Scottish Leaving Certificate Examination, 1954
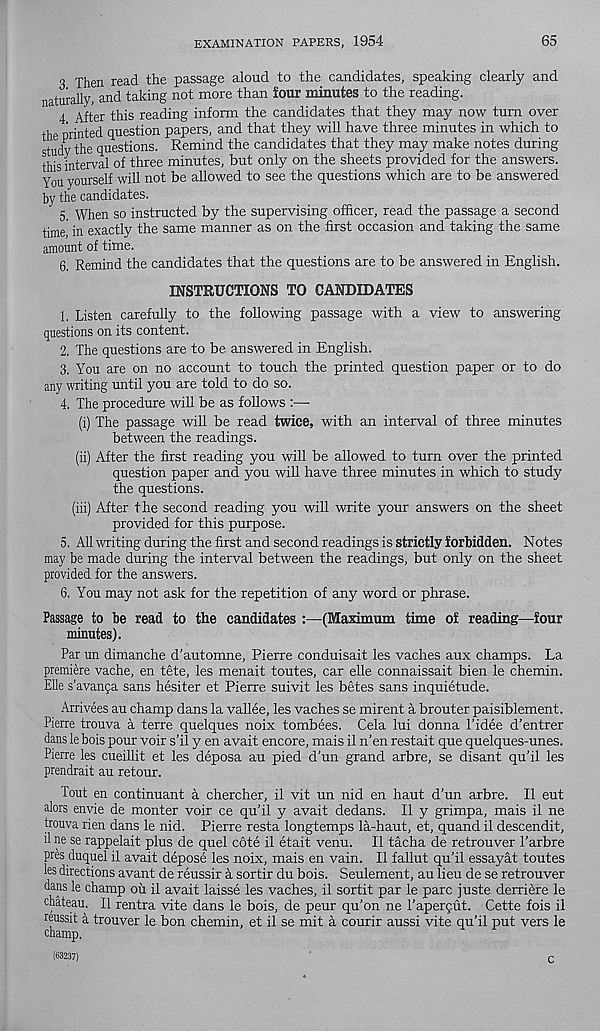
EXAMINATION PAPERS, 1954
65
o Then read the passage aloud to the candidates, speaking clearly and
naturally, and taking not more than four minutes to the reading.
4 After this reading inform the candidates that they may now turn over
the printed question papers, and that they will have three minutes in which to
study the questions. Remind the candidates that they may make notes during
this interval of three minutes, but only on the sheets provided for the answers.
You yourself will not be allowed to see the questions which are to be answered
by the candidates.
5. When so instructed by the supervising officer, read the passage a second
time' in exactly the same manner as on the first occasion and taking the same
amount of time.
6, Remind the candidates that the questions are to be answered in English.
INSTRUCTIONS TO CANDIDATES
1. Listen carefully to the following passage with a view to answering
questions on its content.
2. The questions are to be answered in English.
3. You are on no account to touch the printed question paper or to do
any writing until you are told to do so.
4. The procedure will be as follows :—■
(i) The passage will be read twice, with an interval of three minutes
between the readings.
(ii) After the first reading you will be allowed to turn over the printed
question paper and you will have three minutes in which to study
the questions.
(iii) After the second reading you will write your answers on the sheet
provided for this purpose.
5. All writing during the first and second readings is strictly forbidden. Notes
may be made during the interval between the readings, but only on the sheet
provided for the answers.
6. You may not ask for the repetition of any word or phrase.
Passage to be read to the candidates :—(Maximum time of reading—four
minutes).
Par un dimanche d'automne, Pierre conduisait les vaches aux champs. La
premiere vache, en tete, les menait toutes, car elle connaissait bien le chemin.
Elle s’avanqa sans hesiter et Pierre suivit les betes sans inquietude.
Arrivees au champ dans la vallee, les vaches se mirent a brouter paisiblement.
Pierre trouva a terre quelques noix tombees. Cela lui donna 1’idee d’entrer
dans le hois pour voir s’il y en avait encore, mais il n’en restait que quelques-unes.
Pierre les cueillit et les deposa au pied d’un grand arbre, se disant qu’il les
prendrait au retour.
Tout en continuant a chercher, il vit un nid en haut d’un arbre. II eut
alors envie de monter voir ce qu’il y avait dedans. Il y grimpa, mais il ne
trouva rien dans le nid. Pierre resta longtemps la-haut, et, quand il descendit,
il ne se rappelait plus de quel cote il etait venu. Il tacha de retrouver 1’arbre
pres duquel il avait depose les noix, mais en vain. Il fallut qu’il essayat toutes
les directions avant de reussir a sortir du bois. Seulement, au lieu de se retrouver
dans le champ oii il avait laisse les vaches, il sortit par le pare juste derriere le
chateau. Il rentra vite dans le bois, de peur qu’on ne I’aperqut. Cette fois il
reussit a trouver le bon chemin, et il se mit a courir aussi vite qu’il put vers le
champ.
(63237)
c